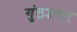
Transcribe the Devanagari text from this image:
गुंठ्यावर